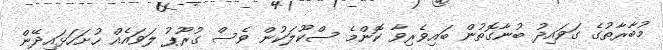
މުބާރާތުގެ ގަވައިދު ބުނާގޮތުން ބައިވެރިވާ ކޮންމެ ސްކޫލަކުން ވެސް ގުރޫޕު ލަވައެއް ހުށަހަޅައިދޭން